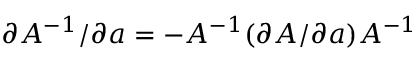
\partial A ^ { - 1 } / \partial a = - A ^ { - 1 } ( \partial A / \partial a ) A ^ { - 1 }